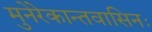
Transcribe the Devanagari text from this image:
मुनेरेकान्तवासिनः